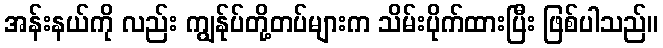
အန်းနယ်ကို လည်း ကျွန်ုပ်တို့တပ်များက သိမ်းပိုက်ထားပြီး ဖြစ်ပါသည်။